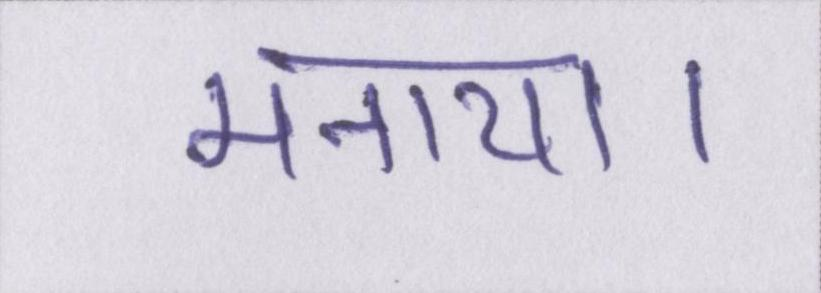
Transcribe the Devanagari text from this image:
मनाया।